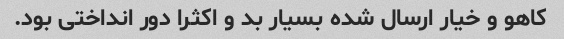
کاهو و خیار ارسال شده بسیار بد و اکثرا دور انداختی بود.